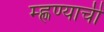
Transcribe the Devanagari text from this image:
म्ह्णण्याची